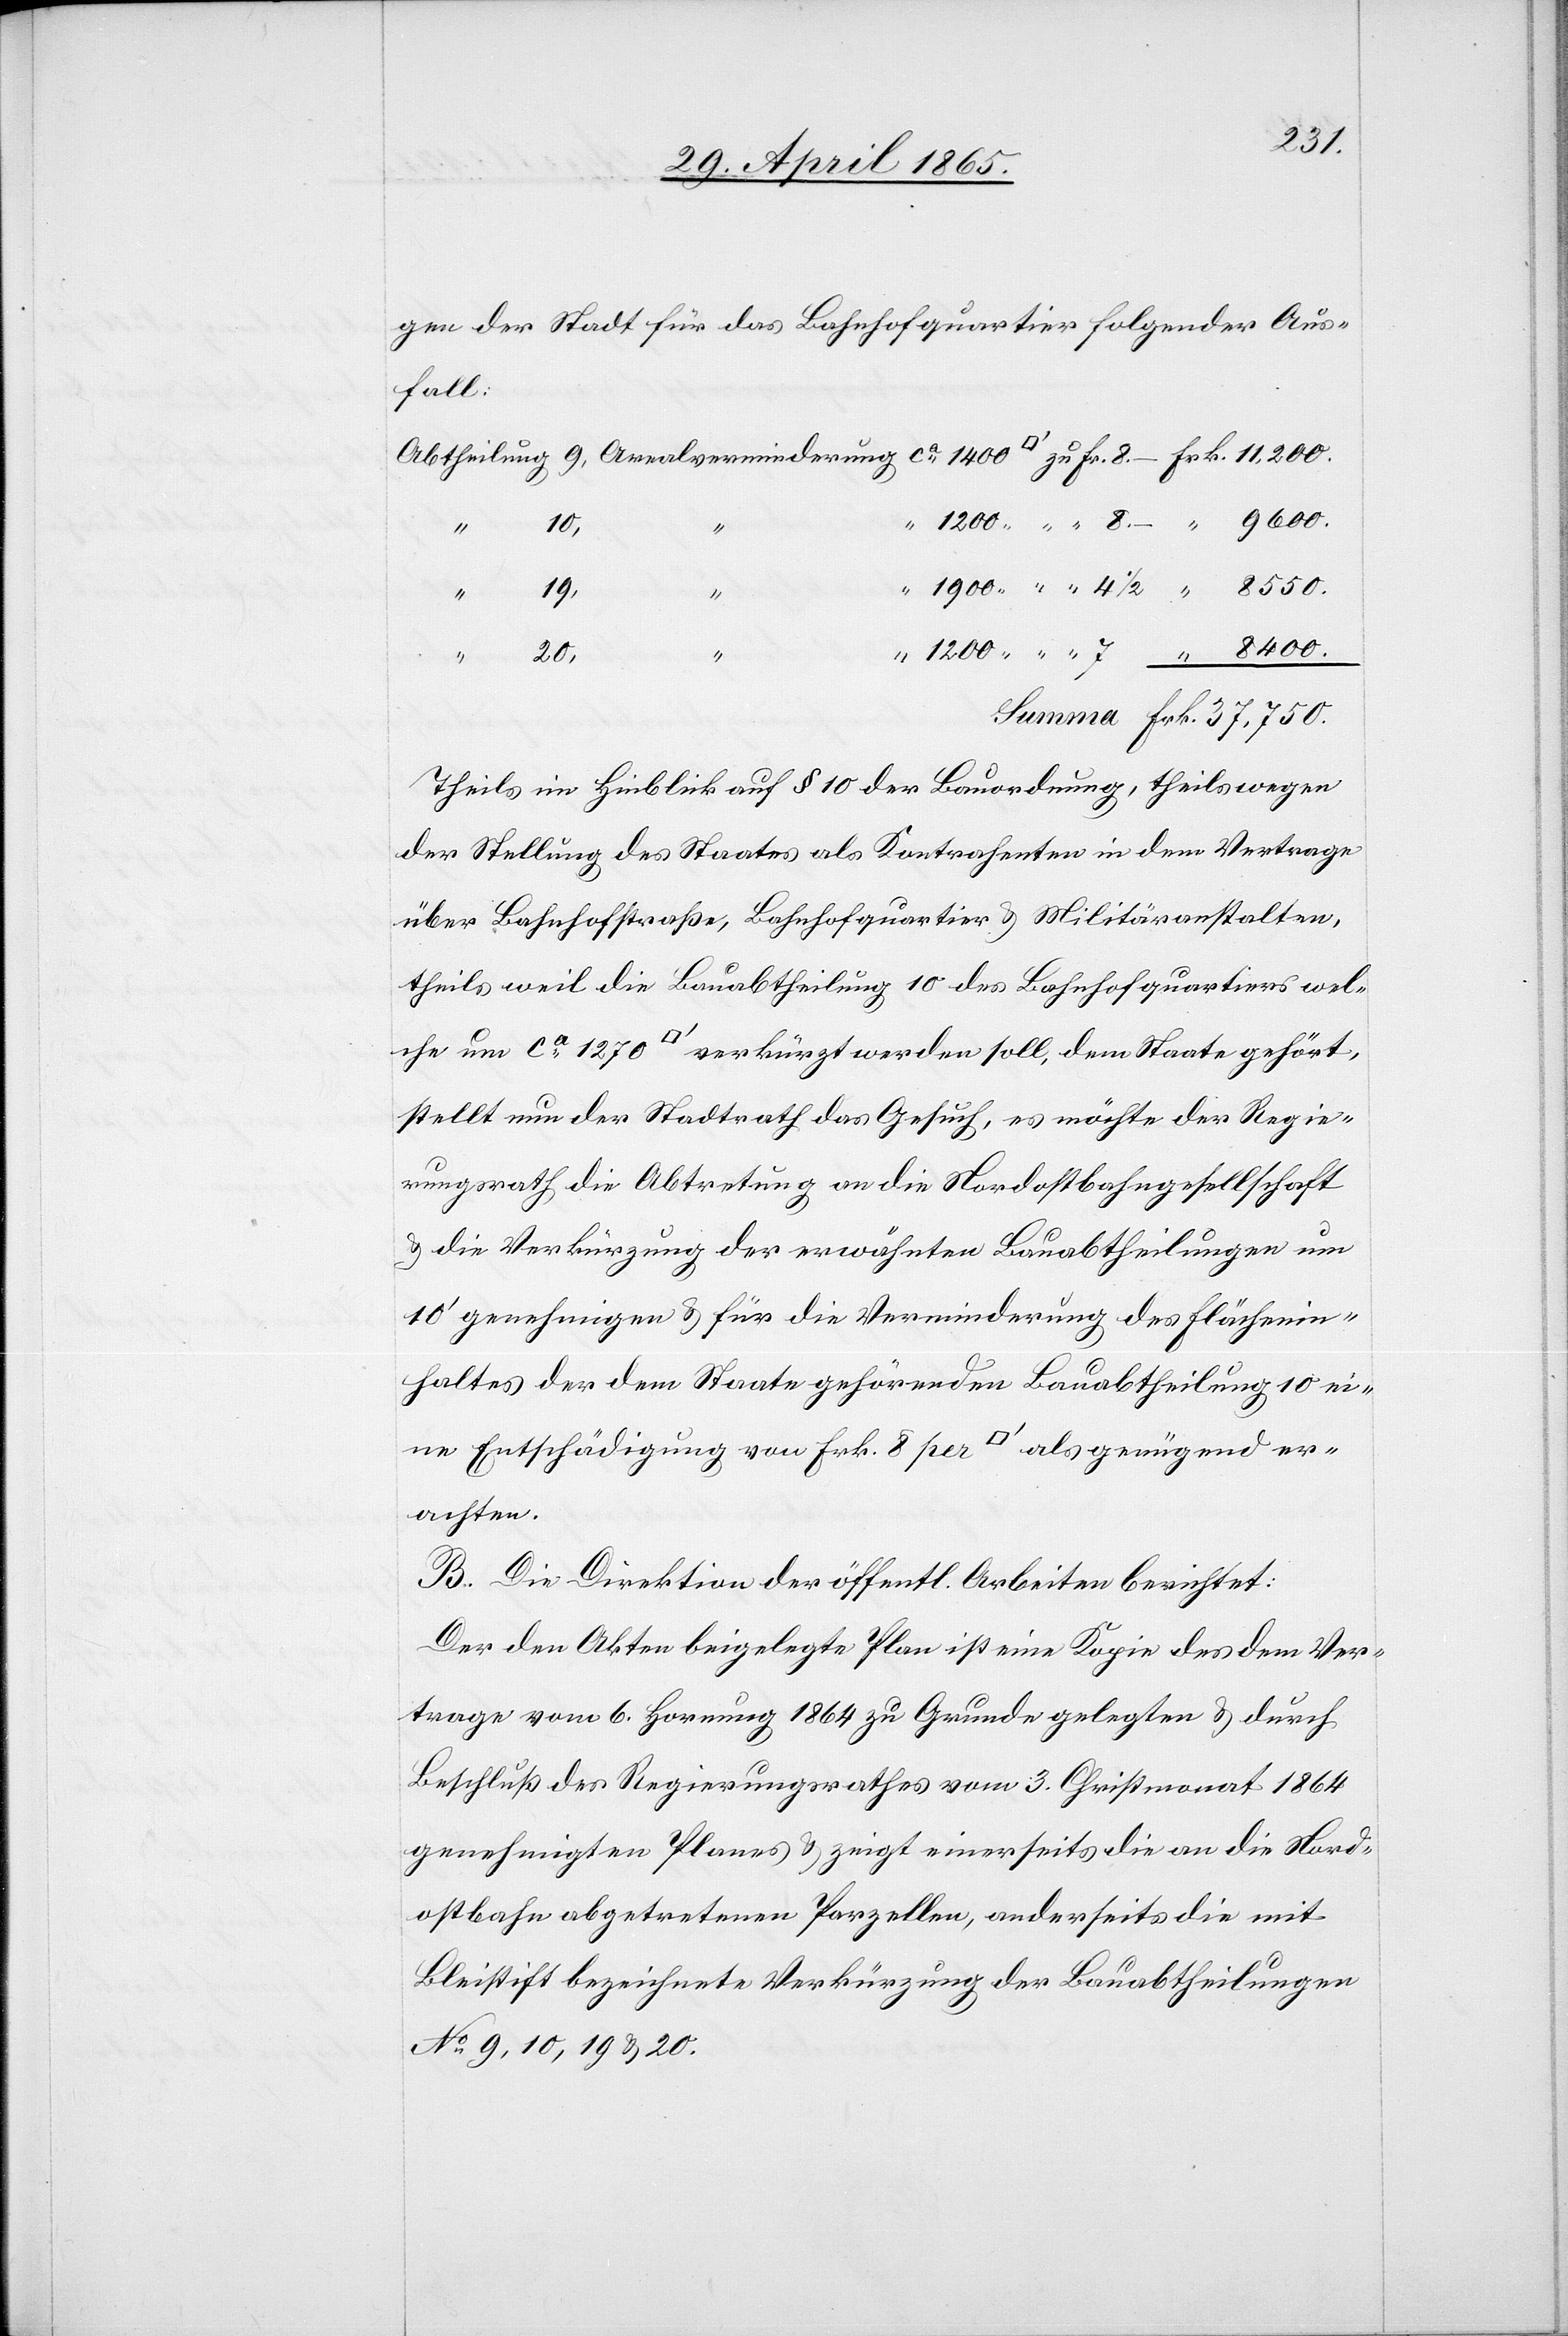
gen der Stadt für das Bahnhofquartier folgender Aus¬
fall:
1200
“
1900
4
½
20,
che
“
Theils im Hinblick auf § 10 der Bauordnung, theils wegen
der Stellung des Staates als Kontrahenten in dem Vertrage
über Bahnhofstraße, Bahnhofquartier & Militäranstalten,
theils weil die Bauabtheilung 10 des Bahnhofquartiers wel¬
stellt nun der Stadtrath das Gesuch, es möchte der Regie¬
rungsrath die Abtretung an die Nordostbahngesellschaft
& die Verkürzung der erwähnten Bauabtheilungen um
10’ genehmigen & für die Verminderung des Flächenin¬
haltes der dem Staate gehörenden Bauabtheilung 10 ei¬
ne Entschädigung von Frk. 8 per [Quadratfuss] als genügend er¬
achten.
B. Die Direktion der öffentl. Arbeiten berichtet:
Der den Akten beigelegte Plan ist eine Kopie des dem Ver¬
trage vom 6. Hornung 1864 zu Grunde gelegten & durch
Beschluß des Regierungsrathes vom 3. Christmonat 1864
genehmigten Planes & zeigt einerseits die an die Nord¬
ostbahn abgetretenen Parzellen, anderseits die mit
Bleistift bezeichnete Verkürzung der Bauabtheilungen
No 9, 10, 19 & 20.